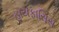
હાયફાસિસ